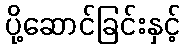
ပို့ဆောင်ခြင်းနှင့်